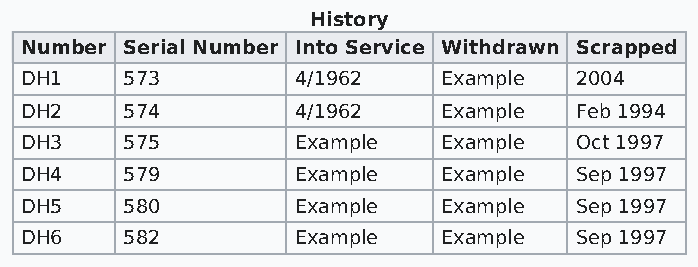
History
 Number Serial Number Into Service Withdrawn Scrapped
 DH1    573         4/1962   Example  2004
 DH2    574         4/1962   Example  Feb 1994
 DH3    575         Example  Example  Oct 1997
 DH4    579         Example  Example  Sep 1997
 DH5    580         Example  Example  Sep 1997
 DH6    582         Example  Example  Sep 1997